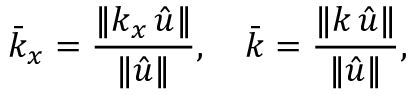
\bar { k } _ { x } = \frac { | \! | k _ { x } \, \hat { u } | \! | } { | \! | \hat { u } | \! | } , \quad \bar { k } = \frac { | \! | k \, \hat { u } | \! | } { | \! | \hat { u } | \! | } ,